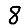
Digit: 8